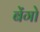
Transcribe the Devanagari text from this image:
बेंगो